Annual administration and progress report of the Indian Medical Department, Bombay
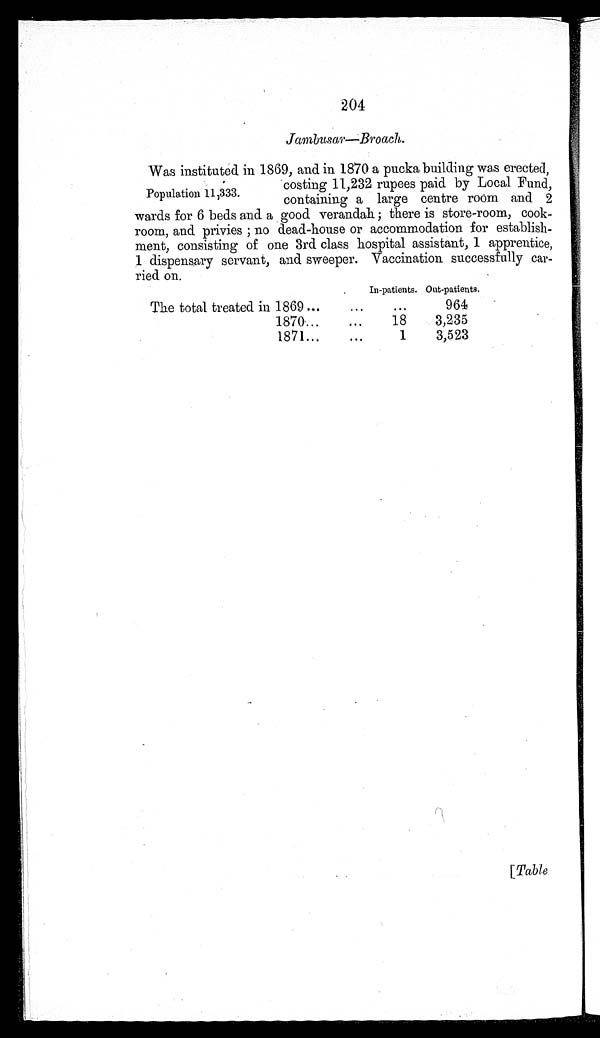
204
Jambusar—Broach.
Population 11,333.
Was instituted in 1869, and in 1870 a pucka building was erected,
costing 11,232 rupees paid by Local Fund,
containing a large centre room and 2
wards for 6 beds and a good verandah ; there is store-room, cook-
room, and privies ; no dead-house or accommodation for establish-
ment, consisting of one 3rd class hospital assistant, 1 apprentice,
1 dispensary servant, and sweeper. Vaccination successfully car- -
ried on.
In-patients. Out-patients.
The total treated in 1869
...
964
1870
18
3,235
1871
1
3,523